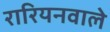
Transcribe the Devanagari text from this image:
रारियनवाले